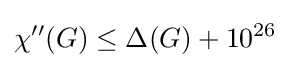
\chi ''(G)\leq \Delta (G)+10^{26}